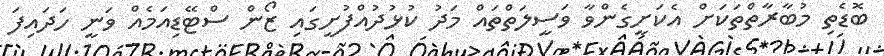
ބޮޑެތި މުބާރާތްތަކަށް އެކަށީގެންވާ ވަސީލަތްތައް މަދު ކުޅުދުއްފުށީގައި ޒޯން ސްޓޭޑިއަމެއް ވަނީ ހަދައިފަ